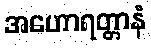
အဟောရတ္တာနံ